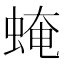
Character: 𧌄